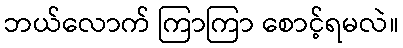
ဘယ်လောက် ကြာကြာ စောင့်ရမလဲ။